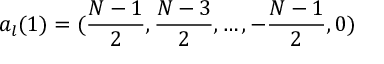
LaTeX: a _ { l } ( 1 ) = ( { \frac { N - 1 } { 2 } } , { \frac { N - 3 } { 2 } } , \dots , - { \frac { N - 1 } { 2 } } , 0 )